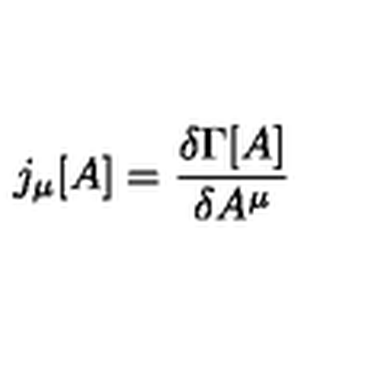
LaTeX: j _ { \mu } [ A ] = \frac { \delta \Gamma [ A ] } { \delta A ^ { \mu } }